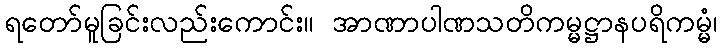
ရတော်မူခြင်းလည်းကောင်း။ အာဏာပါဏသတိကမ္မဋ္ဌာနပရိကမ္မံ၊